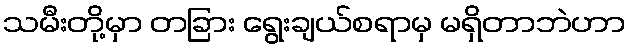
သမီးတို့မှာ တခြား ရွေးချယ်စရာမှ မရှိတာဘဲဟာ